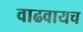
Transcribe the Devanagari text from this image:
वाढवायच